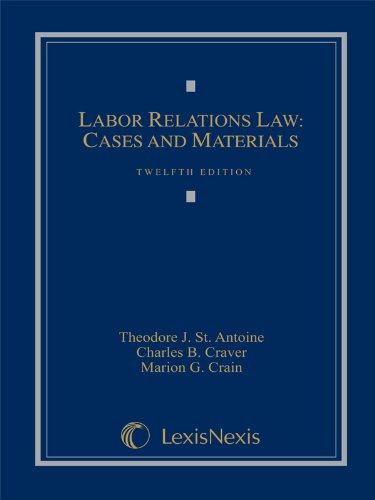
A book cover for Labor Relations Law: Cases and Materials (Loose-leaf version); Theodore J. St. Antoine; Law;